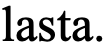
lasta.